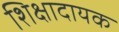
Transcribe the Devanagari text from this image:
शिक्षादायक